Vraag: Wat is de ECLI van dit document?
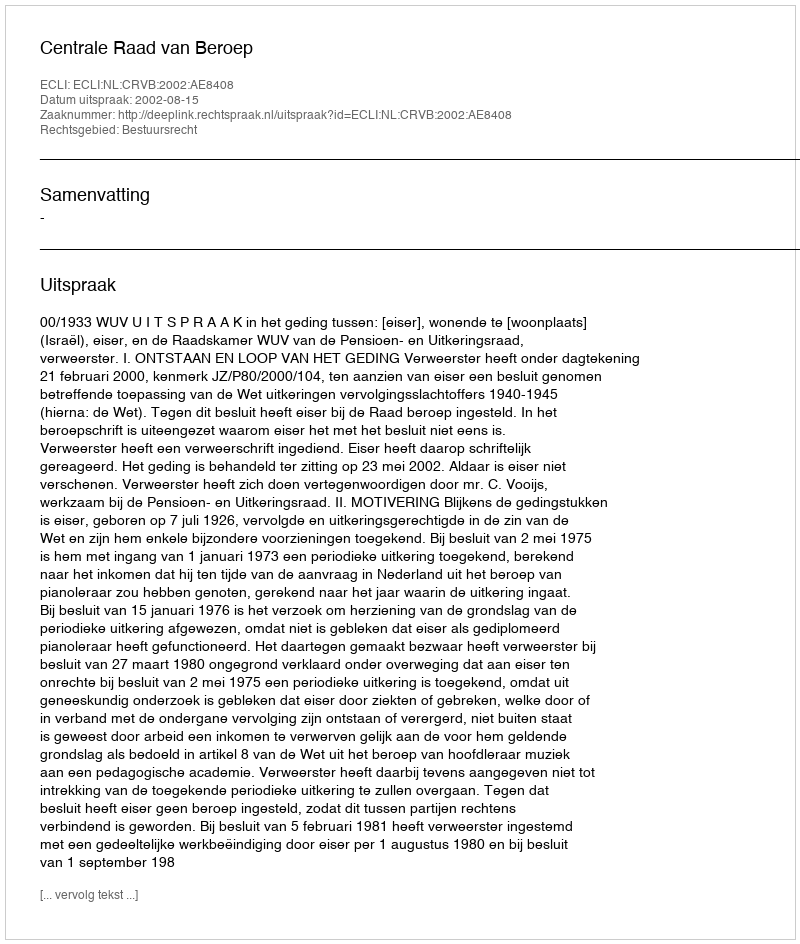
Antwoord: ECLI:NL:CRVB:2002:AE8408